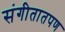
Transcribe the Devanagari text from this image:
संगीतातपण